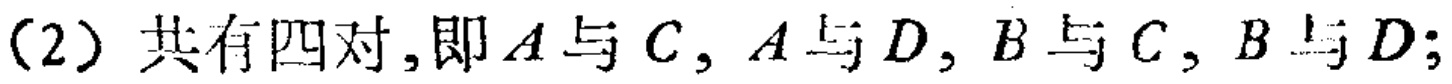
（2）共有四对,即\(A\)与\(C\), \(A\)与\(D\), \(B\)与\(C\), \(B\)与\(D\);